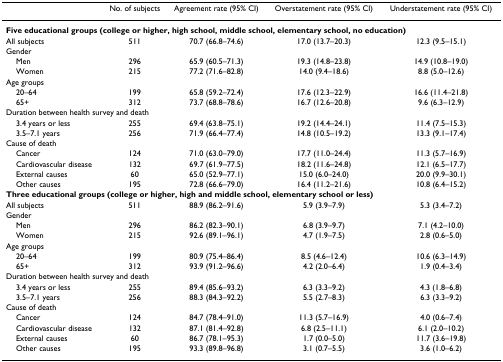
<table><thead><tr><td></td><td><b>No. of subjects</b></td><td><b>Agreement rate (95% CI)</b></td><td><b>Overstatement rate (95% CI)</b></td><td><b>Understatement rate (95% CI)</b></td></tr></thead><tbody><tr><td colspan="5"><b>Five educational groups (college or higher, high school, middle school, elementary school, no education)</b></td></tr><tr><td>All subjects</td><td>511</td><td>70.7 (66.8–74.6)</td><td>17.0 (13.7–20.3)</td><td>12.3 (9.5–15.1)</td></tr><tr><td>Gender</td><td></td><td></td><td></td><td></td></tr><tr><td> Men</td><td>296</td><td>65.9 (60.5–71.3)</td><td>19.3 (14.8–23.8)</td><td>14.9 (10.8–19.0)</td></tr><tr><td> Women</td><td>215</td><td>77.2 (71.6–82.8)</td><td>14.0 (9.4–18.6)</td><td>8.8 (5.0–12.6)</td></tr><tr><td>Age groups</td><td></td><td></td><td></td><td></td></tr><tr><td> 20–64</td><td>199</td><td>65.8 (59.2–72.4)</td><td>17.6 (12.3–22.9)</td><td>16.6 (11.4–21.8)</td></tr><tr><td> 65+</td><td>312</td><td>73.7 (68.8–78.6)</td><td>16.7 (12.6–20.8)</td><td>9.6 (6.3–12.9)</td></tr><tr><td colspan="5">Duration between health survey and death</td></tr><tr><td> 3.4 years or less</td><td>255</td><td>69.4 (63.8–75.1)</td><td>19.2 (14.4–24.1)</td><td>11.4 (7.5–15.3)</td></tr><tr><td> 3.5–7.1 years</td><td>256</td><td>71.9 (66.4–77.4)</td><td>14.8 (10.5–19.2)</td><td>13.3 (9.1–17.4)</td></tr><tr><td>Cause of death</td><td></td><td></td><td></td><td></td></tr><tr><td> Cancer</td><td>124</td><td>71.0 (63.0–79.0)</td><td>17.7 (11.0–24.4)</td><td>11.3 (5.7–16.9)</td></tr><tr><td> Cardiovascular disease</td><td>132</td><td>69.7 (61.9–77.5)</td><td>18.2 (11.6–24.8)</td><td>12.1 (6.5–17.7)</td></tr><tr><td> External causes</td><td>60</td><td>65.0 (52.9–77.1)</td><td>15.0 (6.0–24.0)</td><td>20.0 (9.9–30.1)</td></tr><tr><td> Other causes</td><td>195</td><td>72.8 (66.6–79.0)</td><td>16.4 (11.2–21.6)</td><td>10.8 (6.4–15.2)</td></tr><tr><td colspan="5"><b>Three educational groups (college or higher, high and middle school, elementary school or less)</b></td></tr><tr><td>All subjects</td><td>511</td><td>88.9 (86.2–91.6)</td><td>5.9 (3.9–7.9)</td><td>5.3 (3.4–7.2)</td></tr><tr><td>Gender</td><td></td><td></td><td></td><td></td></tr><tr><td> Men</td><td>296</td><td>86.2 (82.3–90.1)</td><td>6.8 (3.9–9.7)</td><td>7.1 (4.2–10.0)</td></tr><tr><td> Women</td><td>215</td><td>92.6 (89.1–96.1)</td><td>4.7 (1.9–7.5)</td><td>2.8 (0.6–5.0)</td></tr><tr><td>Age groups</td><td></td><td></td><td></td><td></td></tr><tr><td> 20–64</td><td>199</td><td>80.9 (75.4–86.4)</td><td>8.5 (4.6–12.4)</td><td>10.6 (6.3–14.9)</td></tr><tr><td> 65+</td><td>312</td><td>93.9 (91.2–96.6)</td><td>4.2 (2.0–6.4)</td><td>1.9 (0.4–3.4)</td></tr><tr><td colspan="5">Duration between health survey and death</td></tr><tr><td> 3.4 years or less</td><td>255</td><td>89.4 (85.6–93.2)</td><td>6.3 (3.3–9.2)</td><td>4.3 (1.8–6.8)</td></tr><tr><td> 3.5–7.1 years</td><td>256</td><td>88.3 (84.3–92.2)</td><td>5.5 (2.7–8.3)</td><td>6.3 (3.3–9.2)</td></tr><tr><td>Cause of death</td><td></td><td></td><td></td><td></td></tr><tr><td> Cancer</td><td>124</td><td>84.7 (78.4–91.0)</td><td>11.3 (5.7–16.9)</td><td>4.0 (0.6–7.4)</td></tr><tr><td> Cardiovascular disease</td><td>132</td><td>87.1 (81.4–92.8)</td><td>6.8 (2.5–11.1)</td><td>6.1 (2.0–10.2)</td></tr><tr><td> External causes</td><td>60</td><td>86.7 (78.1–95.3)</td><td>1.7 (0.0–5.0)</td><td>11.7 (3.6–19.8)</td></tr><tr><td> Other causes</td><td>195</td><td>93.3 (89.8–96.8)</td><td>3.1 (0.7–5.5)</td><td>3.6 (1.0–6.2)</td></tr></tbody></table>